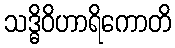
သဒ္ဓိဝိဟာရိကောတိ